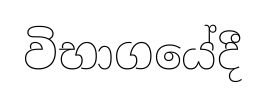
විභාගයේදී